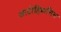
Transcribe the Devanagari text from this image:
आटोहिप्नासिस